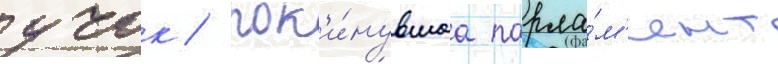
учок / пок'и́нувшаа парла́м'ент